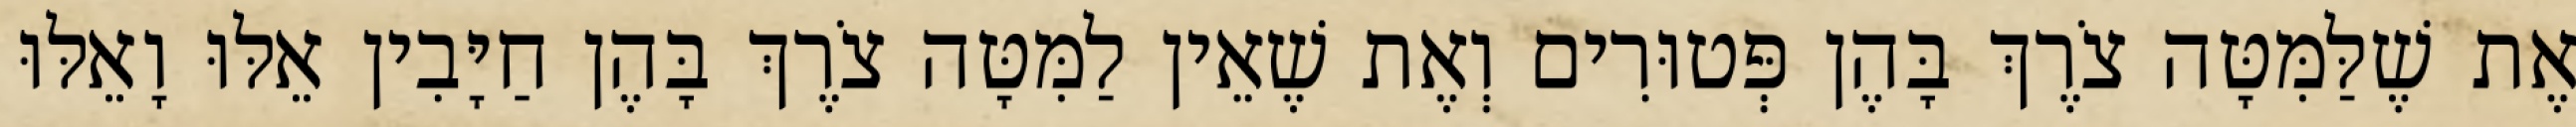
אֶת שֶׁלַּמִּטָּה צֹרֶךְ בָּהֶן פְּטוּרִים וְאֶת שֶׁאֵין לַמִּטָּה צֹרֶךְ בָּהֶן חַיָּבִין אֵלּוּ וָאֵלּוּ